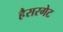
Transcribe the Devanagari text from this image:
हैसरगेट